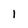
Character: 1